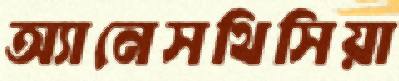
অ্যানেসথিসিয়া